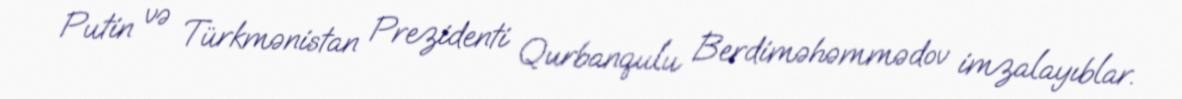
Putin və Türkmənistan Prezidenti Qurbanqulu Berdiməhəmmədov imzalayıblar.